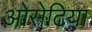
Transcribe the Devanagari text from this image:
ओसेटिया